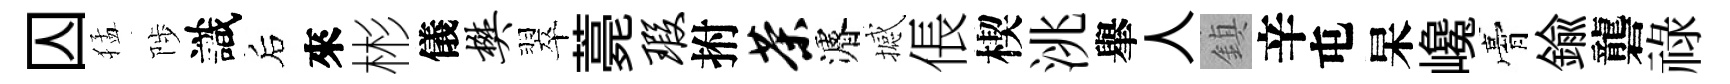
囚猛陟識后來彬儀樊翠薧瑕拊茶濬撼倀楔洮𦦙人鎮辛屯杲巉膏鍮礱祿